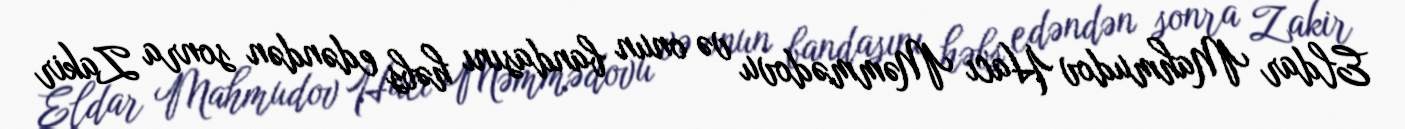
Eldar Mahmudov Hacı Məmmədovu və onun bandasını həbs edəndən sonra Zakir